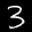
Label: 3